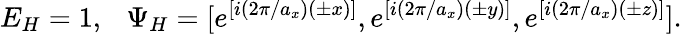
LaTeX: E_{H}=1\mathrm{,~\ \ }\Psi_{H}=[e^{[i(2\pi/a_{x})(\pm x)]},e^{[i(2\pi/a_{x})(\pm y)]},e^{[i(2\pi/a_{x})(\pm z)]}]\mathrm{.}